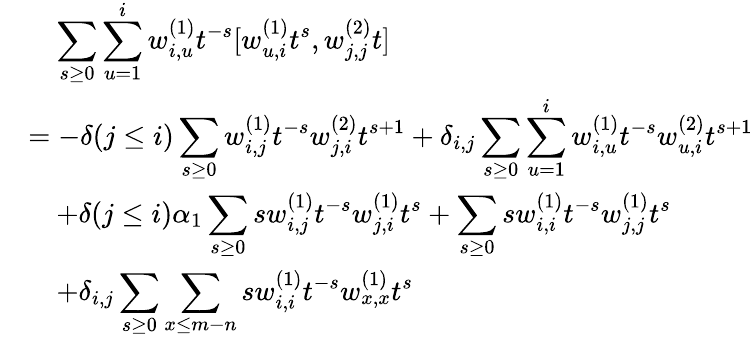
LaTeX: \begin{array}{rl}&{\quad\displaystyle\sum_{s\geq 0}\displaystyle\sum_{u=1}^{i}w_{i,u}^{(1)}t^{-s}[w_{u,i}^{(1)}t^{s},w_{j,j}^{(2)}t]}\\ &{=-\delta(j\leq i)\displaystyle\sum_{s\geq 0}w_{i,j}^{(1)}t^{-s}w_{j,i}^{(2)}t^{s+1}+\delta_{i,j}\displaystyle\sum_{s\geq 0}\sum_{u=1}^{i}w_{i,u}^{(1)}t^{-s}w_{u,i}^{(2)}t^{s+1}}\\ &{\quad+\delta(j\leq i)\alpha_{1}\displaystyle\sum_{s\geq 0}sw_{i,j}^{(1)}t^{-s}w_{j,i}^{(1)}t^{s}+\displaystyle\sum_{s\geq 0}sw_{i,i}^{(1)}t^{-s}w_{j,j}^{(1)}t^{s}}\\ &{\quad+\delta_{i,j}\displaystyle\sum_{s\geq 0}\sum_{x\leq m-n}sw_{i,i}^{(1)}t^{-s}w_{x,x}^{(1)}t^{s}}\end{array}